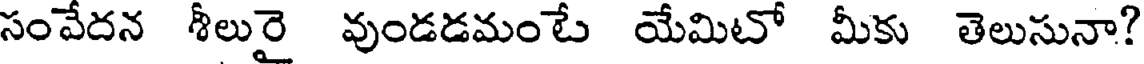
సంవేదన శీలురై వుండడమంటే యేమిటో మీకు తెలుసునా?